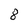
Character: 8